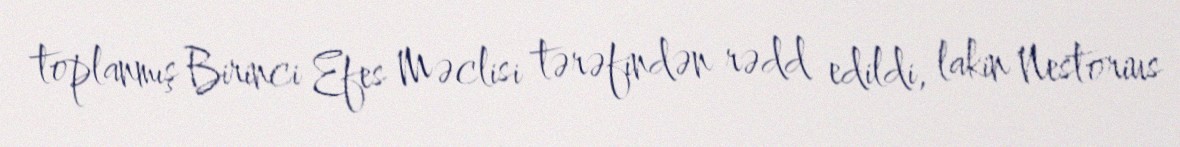
toplanmış Birinci Efes Məclisi tərəfindən rədd edildi, lakin Nestorius